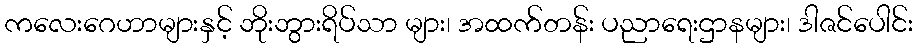
ကလေးဂေဟာများနှင့် ဘိုးဘွားရိပ်သာ များ၊ အထက်တန်း ပညာရေးဌာနများ၊ ဒါဇင်ပေါင်း